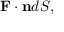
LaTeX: \mathbf { F } \cdot \mathbf { n } d S ,